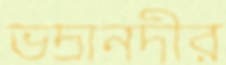
ভদ্রানদীর